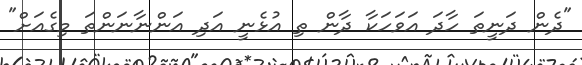
"ދެން ދަނީތަ ހާދަ އަވަހަކާ ދާން ތި އުޅެނީ އަދި އަންނާނަންތަ މިގެއަށް"